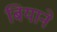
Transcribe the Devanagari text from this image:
बियाने